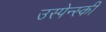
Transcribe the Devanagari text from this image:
उस्पेन्स्की